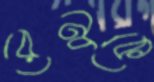
রেনুকে